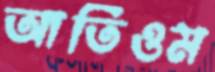
আর্তিওম